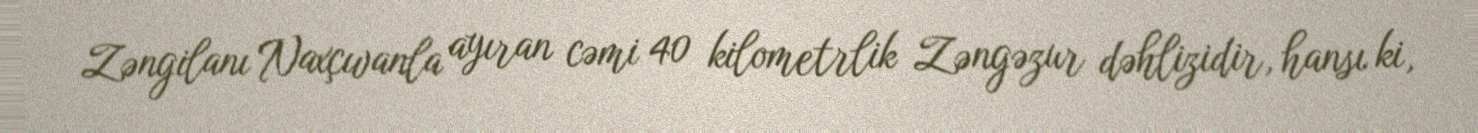
Zəngilanı Naxçıvanla ayıran cəmi 40 kilometrlik Zəngəzur dəhlizidir, hansı ki,